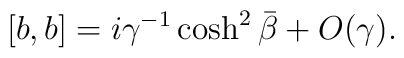
[b, b] =i\gamma^{-1}\cosh^2\bar{\beta}+O(\gamma).